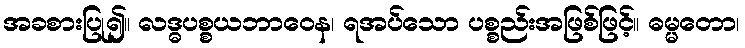
အခစားပြု၍။ လဒ္ဓပစ္စယဘာဝေန၊ ရအပ်သော ပစ္စည်းအဖြစ်ဖြင့်။ ဓမ္မတော၊